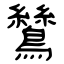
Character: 鷥